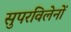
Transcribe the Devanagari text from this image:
सुपरविलेनों